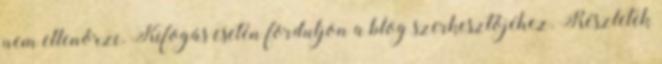
nem ellenőrzi. Kifogás esetén forduljon a blog szerkesztőjéhez. Részletek